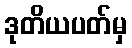
ဒုတိယပတ်မှ